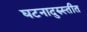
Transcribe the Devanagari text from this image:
घटनादुरुस्तीत